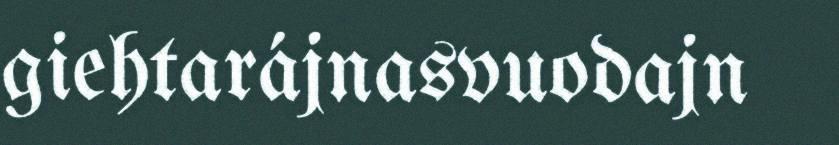
giehtarájnasvuodajn